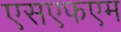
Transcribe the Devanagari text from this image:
एसएफएम